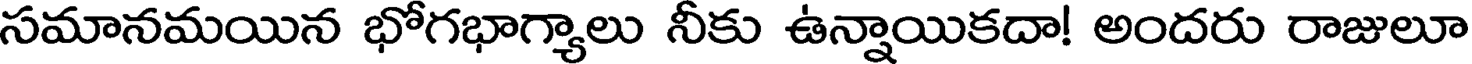
సమానమయిన భోగభాగ్యాలు నీకు ఉన్నాయికదా! అందరు రాజులూ